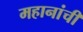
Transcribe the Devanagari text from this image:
महानांची